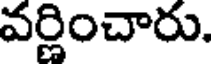
వర్ణించారు.